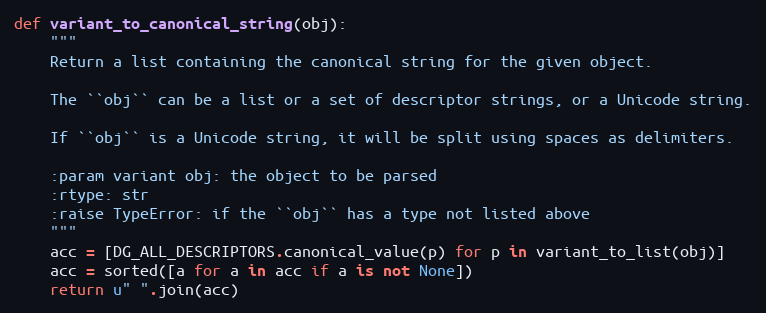
Language: Python
def variant_to_canonical_string(obj):
    """
    Return a list containing the canonical string for the given object.

    The ``obj`` can be a list or a set of descriptor strings, or a Unicode string.

    If ``obj`` is a Unicode string, it will be split using spaces as delimiters.

    :param variant obj: the object to be parsed
    :rtype: str
    :raise TypeError: if the ``obj`` has a type not listed above
    """
    acc = [DG_ALL_DESCRIPTORS.canonical_value(p) for p in variant_to_list(obj)]
    acc = sorted([a for a in acc if a is not None])
    return u" ".join(acc)